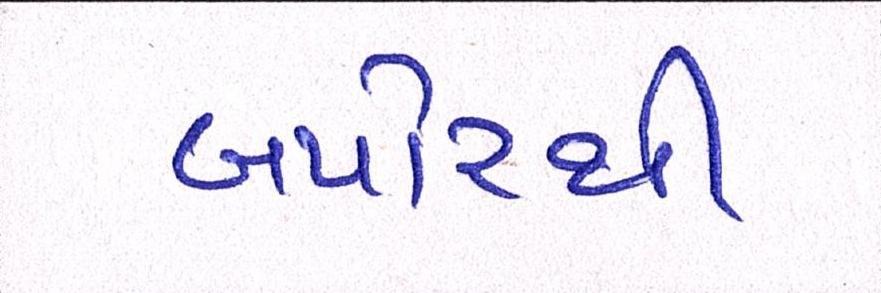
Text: બપોરથી